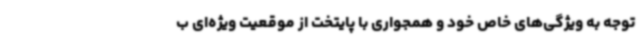
توجه به ویژگی‌های خاص خود و همجواری با پایتخت از موقعیت ویژه‌ای ب